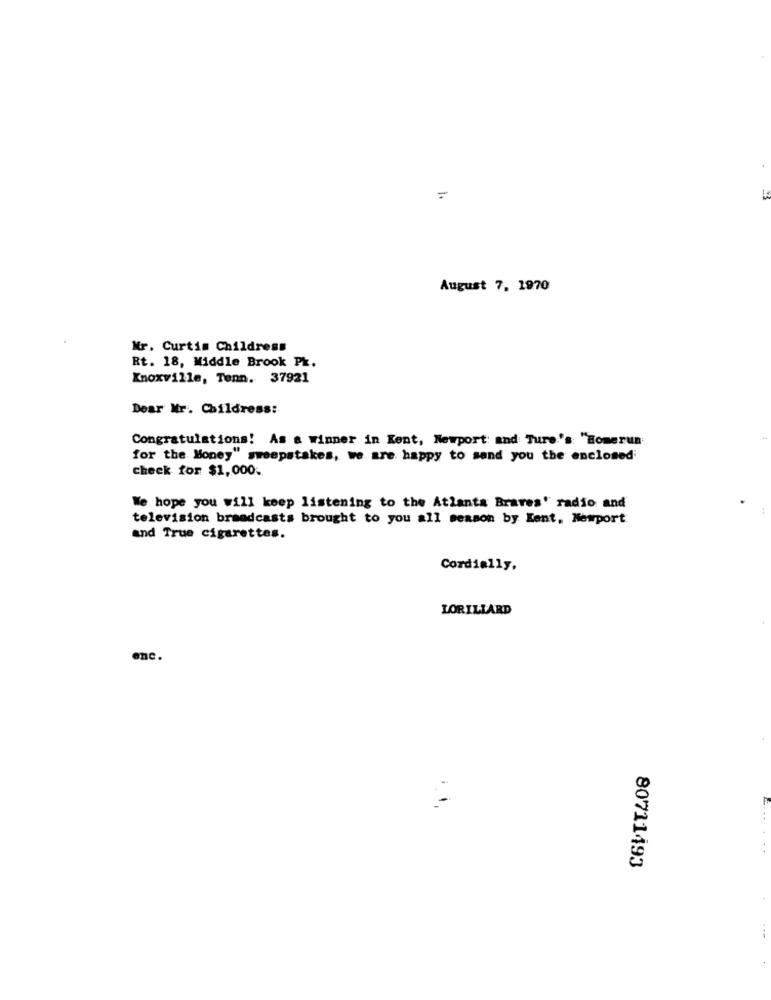
=
August 7, 1970
Mr. Curtis Childress
Rt. 18, Middle Brook Pk.
Knoxville, Tenn. 37921
Dear Mr. Childress:
Congratulations! As a Winner in Kent, Newport: and Ture's "Homerun
for the Money" sweepstakes, we are happy to send you the enclosed;
check for $1,000.
We hope you will keep listening to the Atlanta Braves" radio and
television broadcasts brought to you all season by Kent, Newport
and True cigarettes.
Cordially,
LORILLARD
enc.
80711493